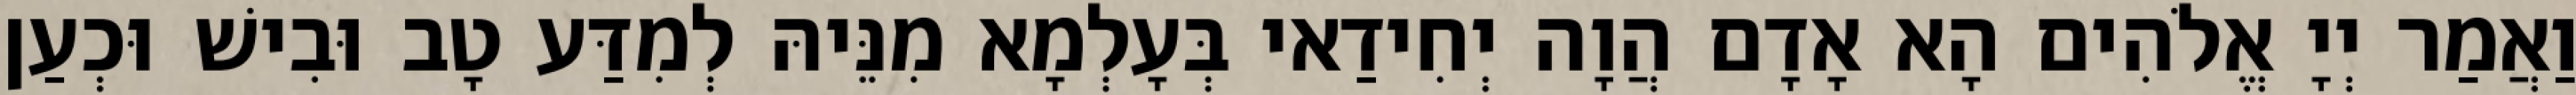
וַאֲמַר יְיָ אֱלֹהִים הָא אָדָם הֲוָה יְחִידַאי בְּעָלְמָא מִנֵּיהּ לְמִדַּע טָב וּבִישׁ וּכְעַן